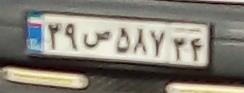
۲۹ص۵۸۷۲۴